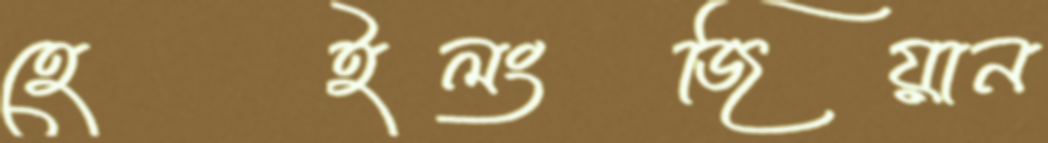
হেইলংজিয়ান